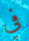
في